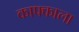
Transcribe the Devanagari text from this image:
काफ्काला